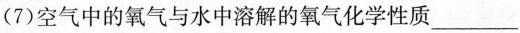
(7)空气中的氧气与水中溶解的氧气化学性质___